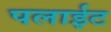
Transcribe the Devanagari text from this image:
पलाईट